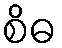
စိဓ